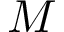
M